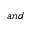
a n d